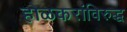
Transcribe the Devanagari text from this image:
होळकरांविरुद्ध